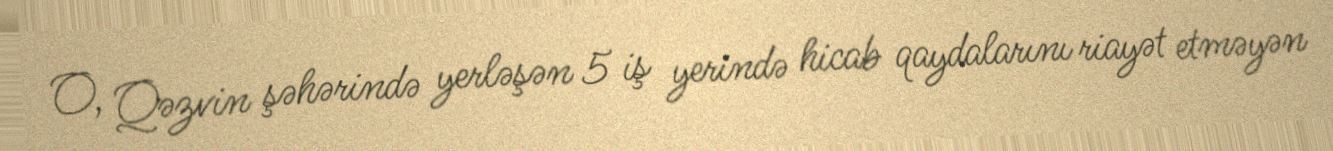
O, Qəzvin şəhərində yerləşən 5 iş yerində hicab qaydalarını riayət etməyən